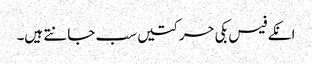
انکے فیس بکی حرکتیں سب جانتے ہیں۔